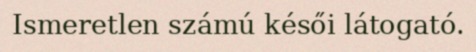
Ismeretlen számú késői látogató.